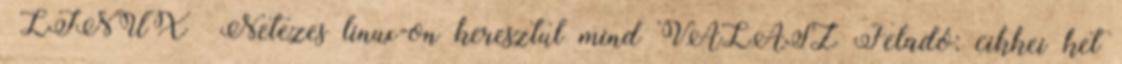
LINUX Netezes linux-on keresztul mind VÁLASZ Feladó: cikkei ket